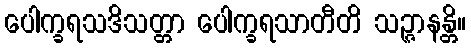
ပေါက္ခရသဒိသတ္တာ ပေါက္ခရသာတီတိ သဉ္ဇာနန္တိ။